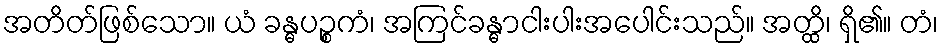
အတိတ်ဖြစ်သော။ ယံ ခန္ဓပဉ္စကံ၊ အကြင်ခန္ဓာငါးပါးအပေါင်းသည်။ အတ္ထိ၊ ရှိ၏။ တံ၊